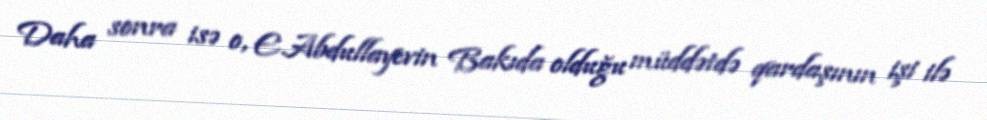
Daha sonra isə o, E.Abdullayevin Bakıda olduğu müddətdə qardaşının işi ilə